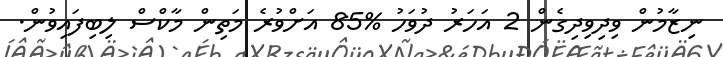
ނިޒާމުން ވިދިވިދިގެން 2 އަހަރު ދުވަހު %85 އަށްވުރެ މަތިން މާކްސް ލިބިފައިވުން.